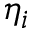
\eta _ { i }